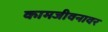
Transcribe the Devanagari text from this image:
कामजीवनावर